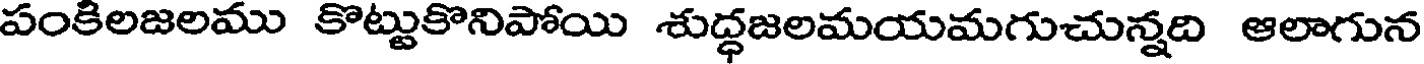
పంకిలజలము కొట్టుకొనిపోయి శుద్ధజలమయమగుచున్నది ఆలాగున